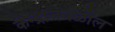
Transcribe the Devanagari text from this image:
केन्द्राजवळील